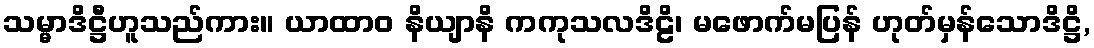
သမ္မာဒိဋ္ဌီဟူသည်ကား။ ယာထာဝ နိယျာနိ ကကုသလဒိဠိ၊ မဖောက်မပြန် ဟုတ်မှန်သောဒိဋ္ဌိ,